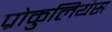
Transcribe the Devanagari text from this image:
प्रोकुलियंस